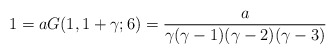
\begin{align*}1=aG(1,1+\gamma;6)={a\over\gamma(\gamma-1)(\gamma-2)(\gamma-3)}\end{align*}